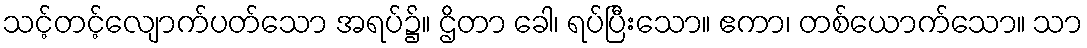
သင့်တင့်လျောက်ပတ်သော အရပ်၌။ ဌိတာ ခေါ၊ ရပ်ပြီးသော။ ဧကာ၊ တစ်ယောက်သော။ သာ